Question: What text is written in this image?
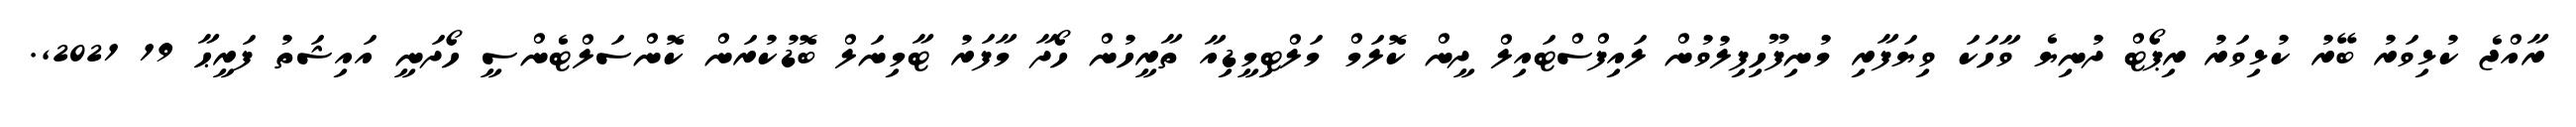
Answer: ރާއްޖެ ކުޅިވަރު ބޭރު ކުޅިވަރު ރިޕޯޓް ދުނިޔެ ވާހަކަ ވިޔަފާރި މުނިފޫހިފިލުވުން ލައިފްސްޓައިލް ދީން ކޮލަމް މަލްޓިމީޑިއާ ތާރީހުން ހޯދާ މާފަރު ޓާމިނަލް ބޮޑުކުރަން ކޮންސަލްޓެންސީ ހޯދަނީ އައިޝަތު ފަރީޙާ 19 2021,.